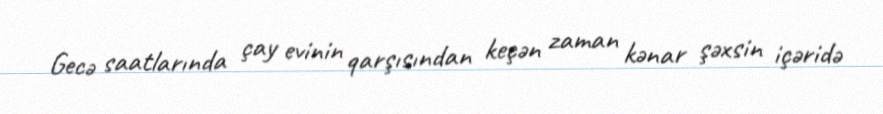
Gecə saatlarında çay evinin qarşısından keçən zaman kənar şəxsin içəridə